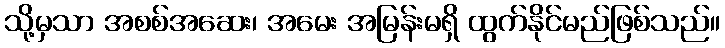
သို့မှသာ အစစ်အဆေး၊ အမေး အမြန်းမရှိ ထွက်နိုင်မည်ဖြစ်သည်။